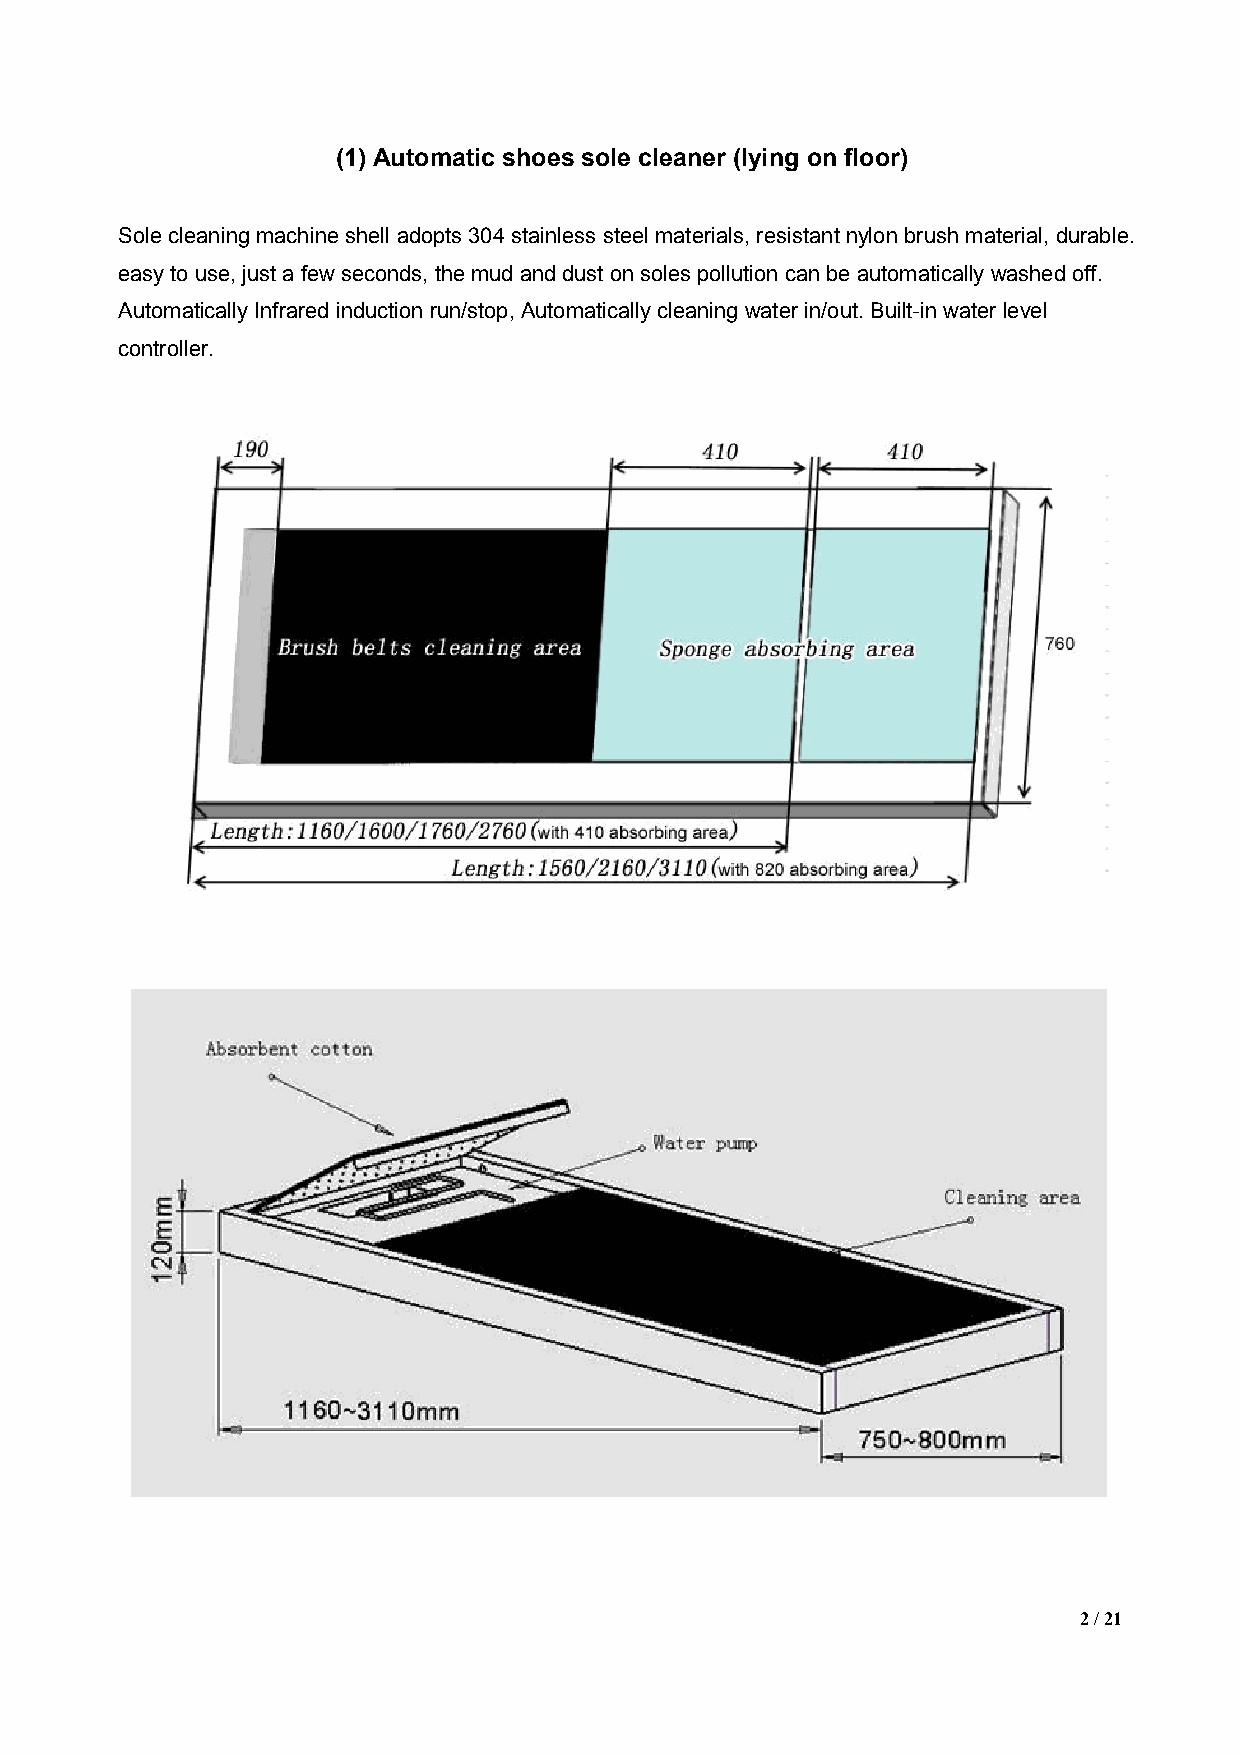
(1)Automatic shoes sole cleaner (lying on floor)
 Solecleaning machineshelladopts304stainless steelmaterials,resistantnylon brushmaterial,durable.
 easyto use,justafew seconds,the mudandduston solespollution canbe automatically washed off.
 Automatically Infrared inductionrun/stop,Automatically cleaning water in/out.Built-in water level
 controller.
 2/21